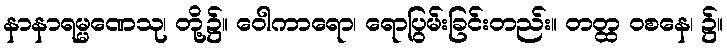
နာနာရမ္မဏေသု၊ တို့၌။ ဝေါကာရော၊ ရောပြွမ်းခြင်းတည်း။ တတ္ထ ဝစနေ၊ ၌။